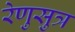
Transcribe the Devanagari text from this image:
रेणुसुत्र